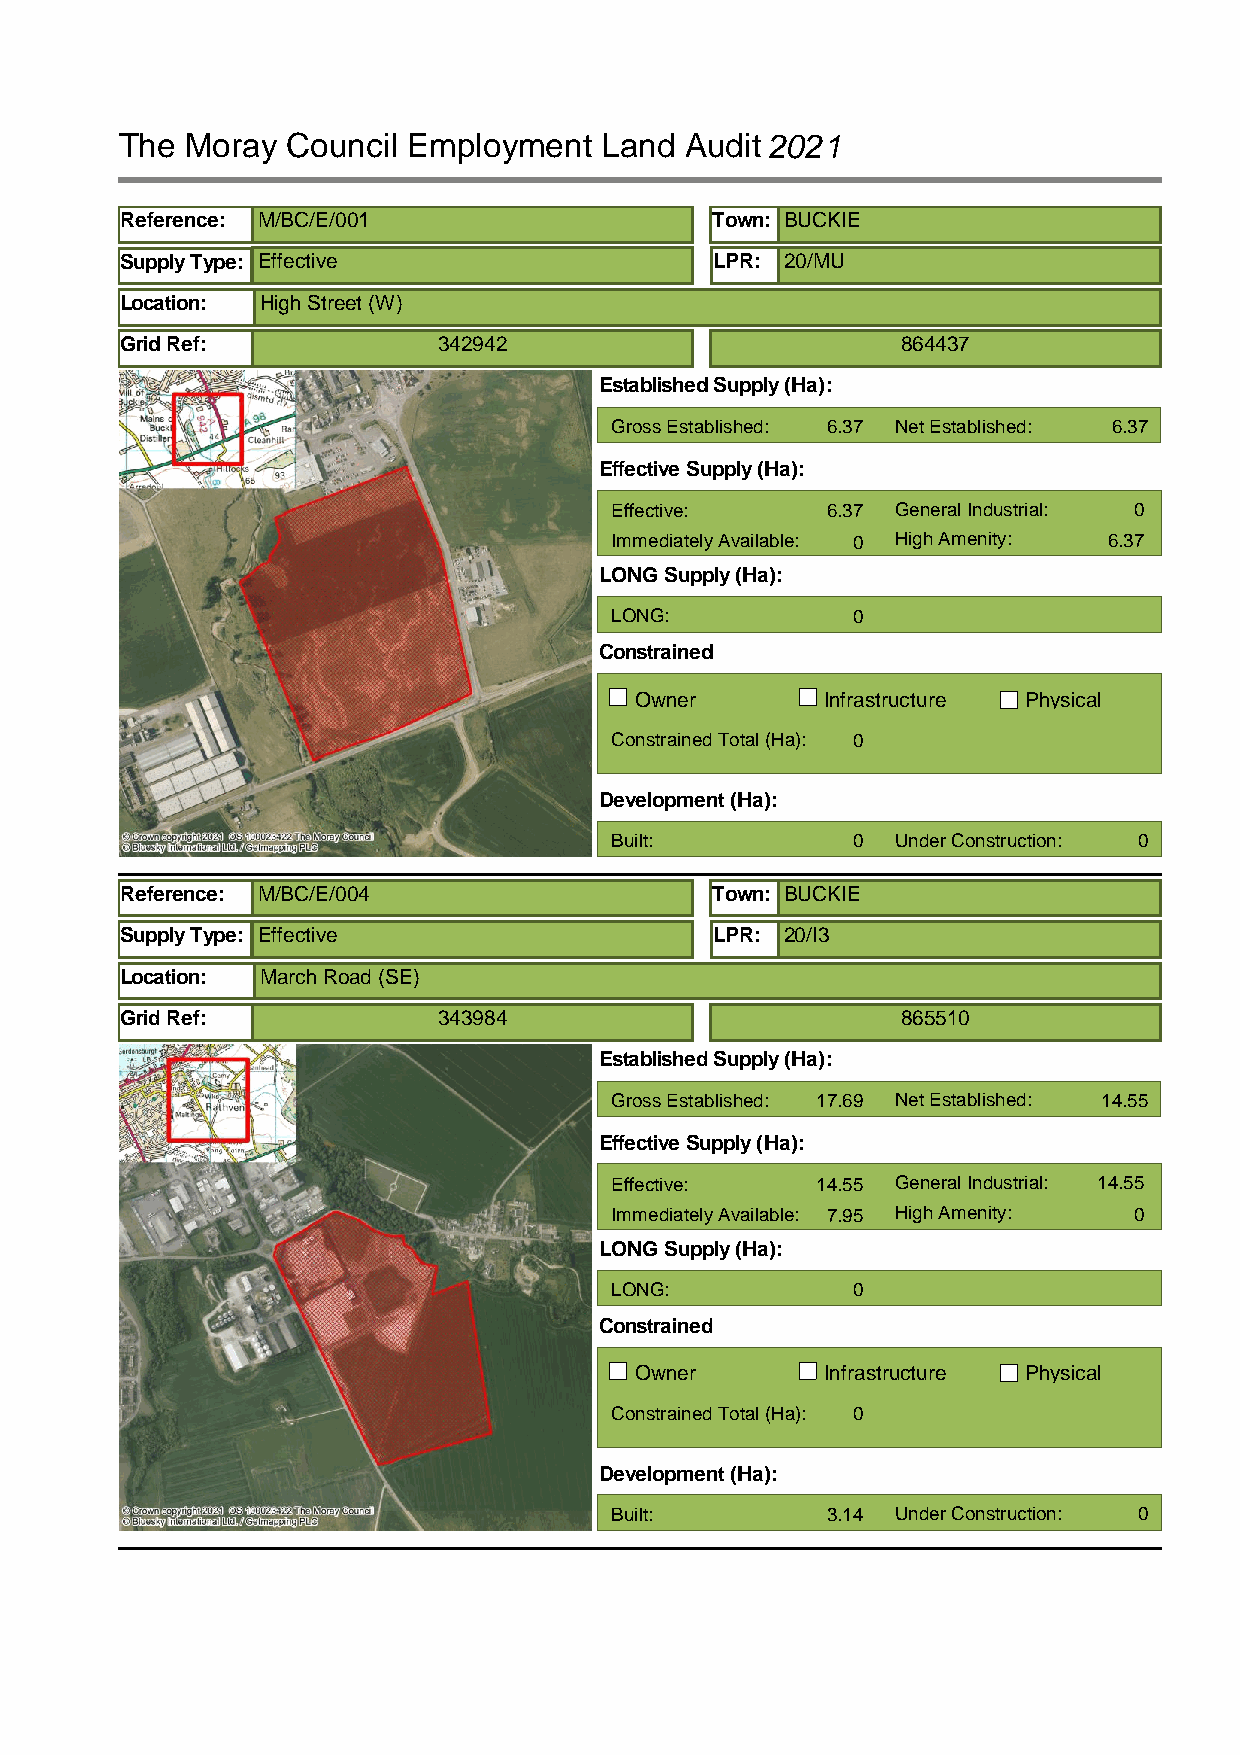
The Moray  Council Employment   Land Audit2021
 Reference: M/BC/E/001                  Town: BUCKIE
 Supply Type: Effective                 LPR: 20/MU
 Location: High Street (W)
 Grid Ref:            342942                         864437
 Established Supply (Ha):
 Gross Established: 6.37 Net Established: 6.37
 Effective Supply (Ha):
 Effective:     6.37 General Industrial: 0
 Immediately Available: 0 High Amenity: 6.37
 LONG Supply (Ha):
 LONG:           0
 Constrained
 Owner        Infrastructure Physical
 Constrained Total (Ha): 0
 Development (Ha):
 Built:          0  Under Construction: 0
 Reference: M/BC/E/004                  Town: BUCKIE
 Supply Type: Effective                 LPR: 20/I3
 Location: March Road (SE)
 Grid Ref:            343984                         865510
 Established Supply (Ha):
 Gross Established: 17.69 Net Established: 14.55
 Effective Supply (Ha):
 Effective:    14.55 General Industrial: 14.55
 Immediately Available: 7.95 High Amenity: 0
 LONG Supply (Ha):
 LONG:           0
 Constrained
 Owner        Infrastructure Physical
 Constrained Total (Ha): 0
 Development (Ha):
 Built:         3.14 Under Construction: 0